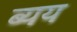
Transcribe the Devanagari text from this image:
ब्यय